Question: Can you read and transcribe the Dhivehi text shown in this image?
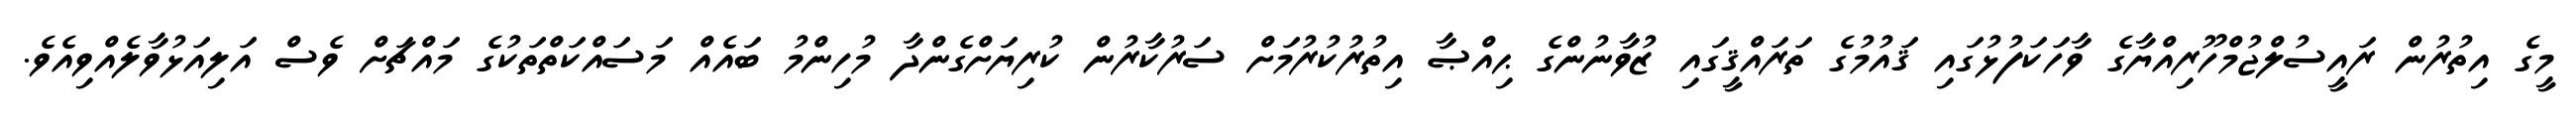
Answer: މީގެ އިތުރުން ރައީސުލްޖުމްހޫރިއްޔާގެ ވާހަކަފުޅުގައި ޤައުމުގެ ތަރައްޤީގައި ޒުވާނުންގެ ޙިއްޞާ އިތުރުކުރުމަށް ސަރުކާރުން ކުރިޔަށްގެންދާ މުހިންމު ބައެއް މަސައްކަތްތަކުގެ މައްޗަށް ވެސް އަލިއަޅުވާލެއްވިއެވެ.